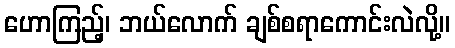
ဟောကြည့်၊ ဘယ်လောက် ချစ်စရာကောင်းလဲလို့။